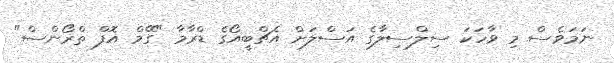
ނަމަވެސް މި ވާހަކަ ސިލްސިލާގެ އަސްލަށް އެޗްބީއޯގެ ޑްރާމާ "ގޭމް އޮފް ތްރޯންސް"